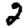
Digit: 2